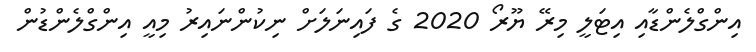
އިންގްލެންޑާއި އިޓަލީ މިރޭ ޔޫރޯ 2020 ގެ ފައިނަލަށް ނިކުންނައިރު މިއީ އިންގްލެންޑުން